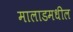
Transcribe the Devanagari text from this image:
मालाडमधील